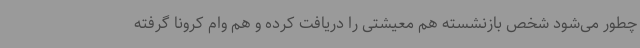
چطور می‌شود شخص بازنشسته هم معیشتی را دریافت کرده و هم وام کرونا گرفته